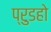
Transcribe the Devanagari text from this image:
प्रुडहो